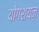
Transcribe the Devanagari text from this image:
योगशयन